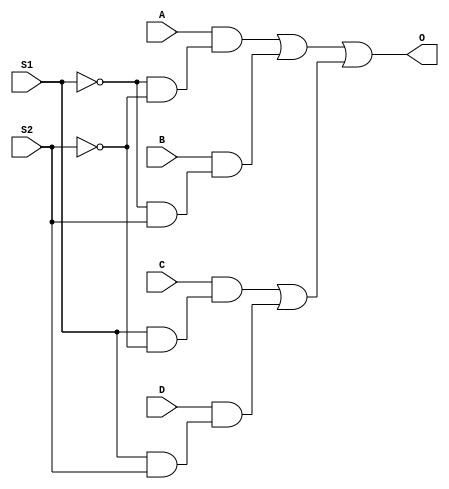
`timescale 1ns / 1ps
//////////////////////////////////////////////////////////////////////////////////
// Company: 
// Engineer: 
// 
// Design Name: 
// Module Name: MUXStruc
// Project Name: 
// Target Devices: 
// Tool Versions: 
// Description: 
// 
// Dependencies: 
// 
// Revision:
// Revision 0.01 - File Created
// Additional Comments:
// 
//////////////////////////////////////////////////////////////////////////////////


module MUXStruc(A,B,C,D, S1, S2, O);
    input A, B, C, D, S1, S2;
    output O;
    
    wire t1,t2,t3,t4,t5,t6,t7,t8;
    and (t1, ~S1, ~S2);
    and (t5, A, t1);
    and (t2, ~S1, S2);
    and (t6, B, t2);
    and (t3, S1, ~S2);
    and (t7, C, t3);
    and (t4, S1, S2);
    and (t8, D, t4);
    or (t9, t5,t6);
    or (t10, t7,t8);
    or(O, t9,t10);

endmodule